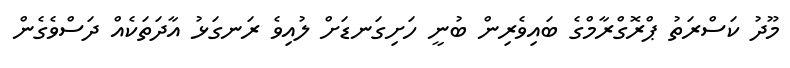
މޫދު ކަސްރަތު ޕްރޮގްރާމްގެ ބައިވެރިން ބުނީ ހަށިގަނޑަށް ލުއިވެ ރަނގަޅު އާދަތަކެއް ދަސްވެގެން